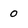
Character: 0